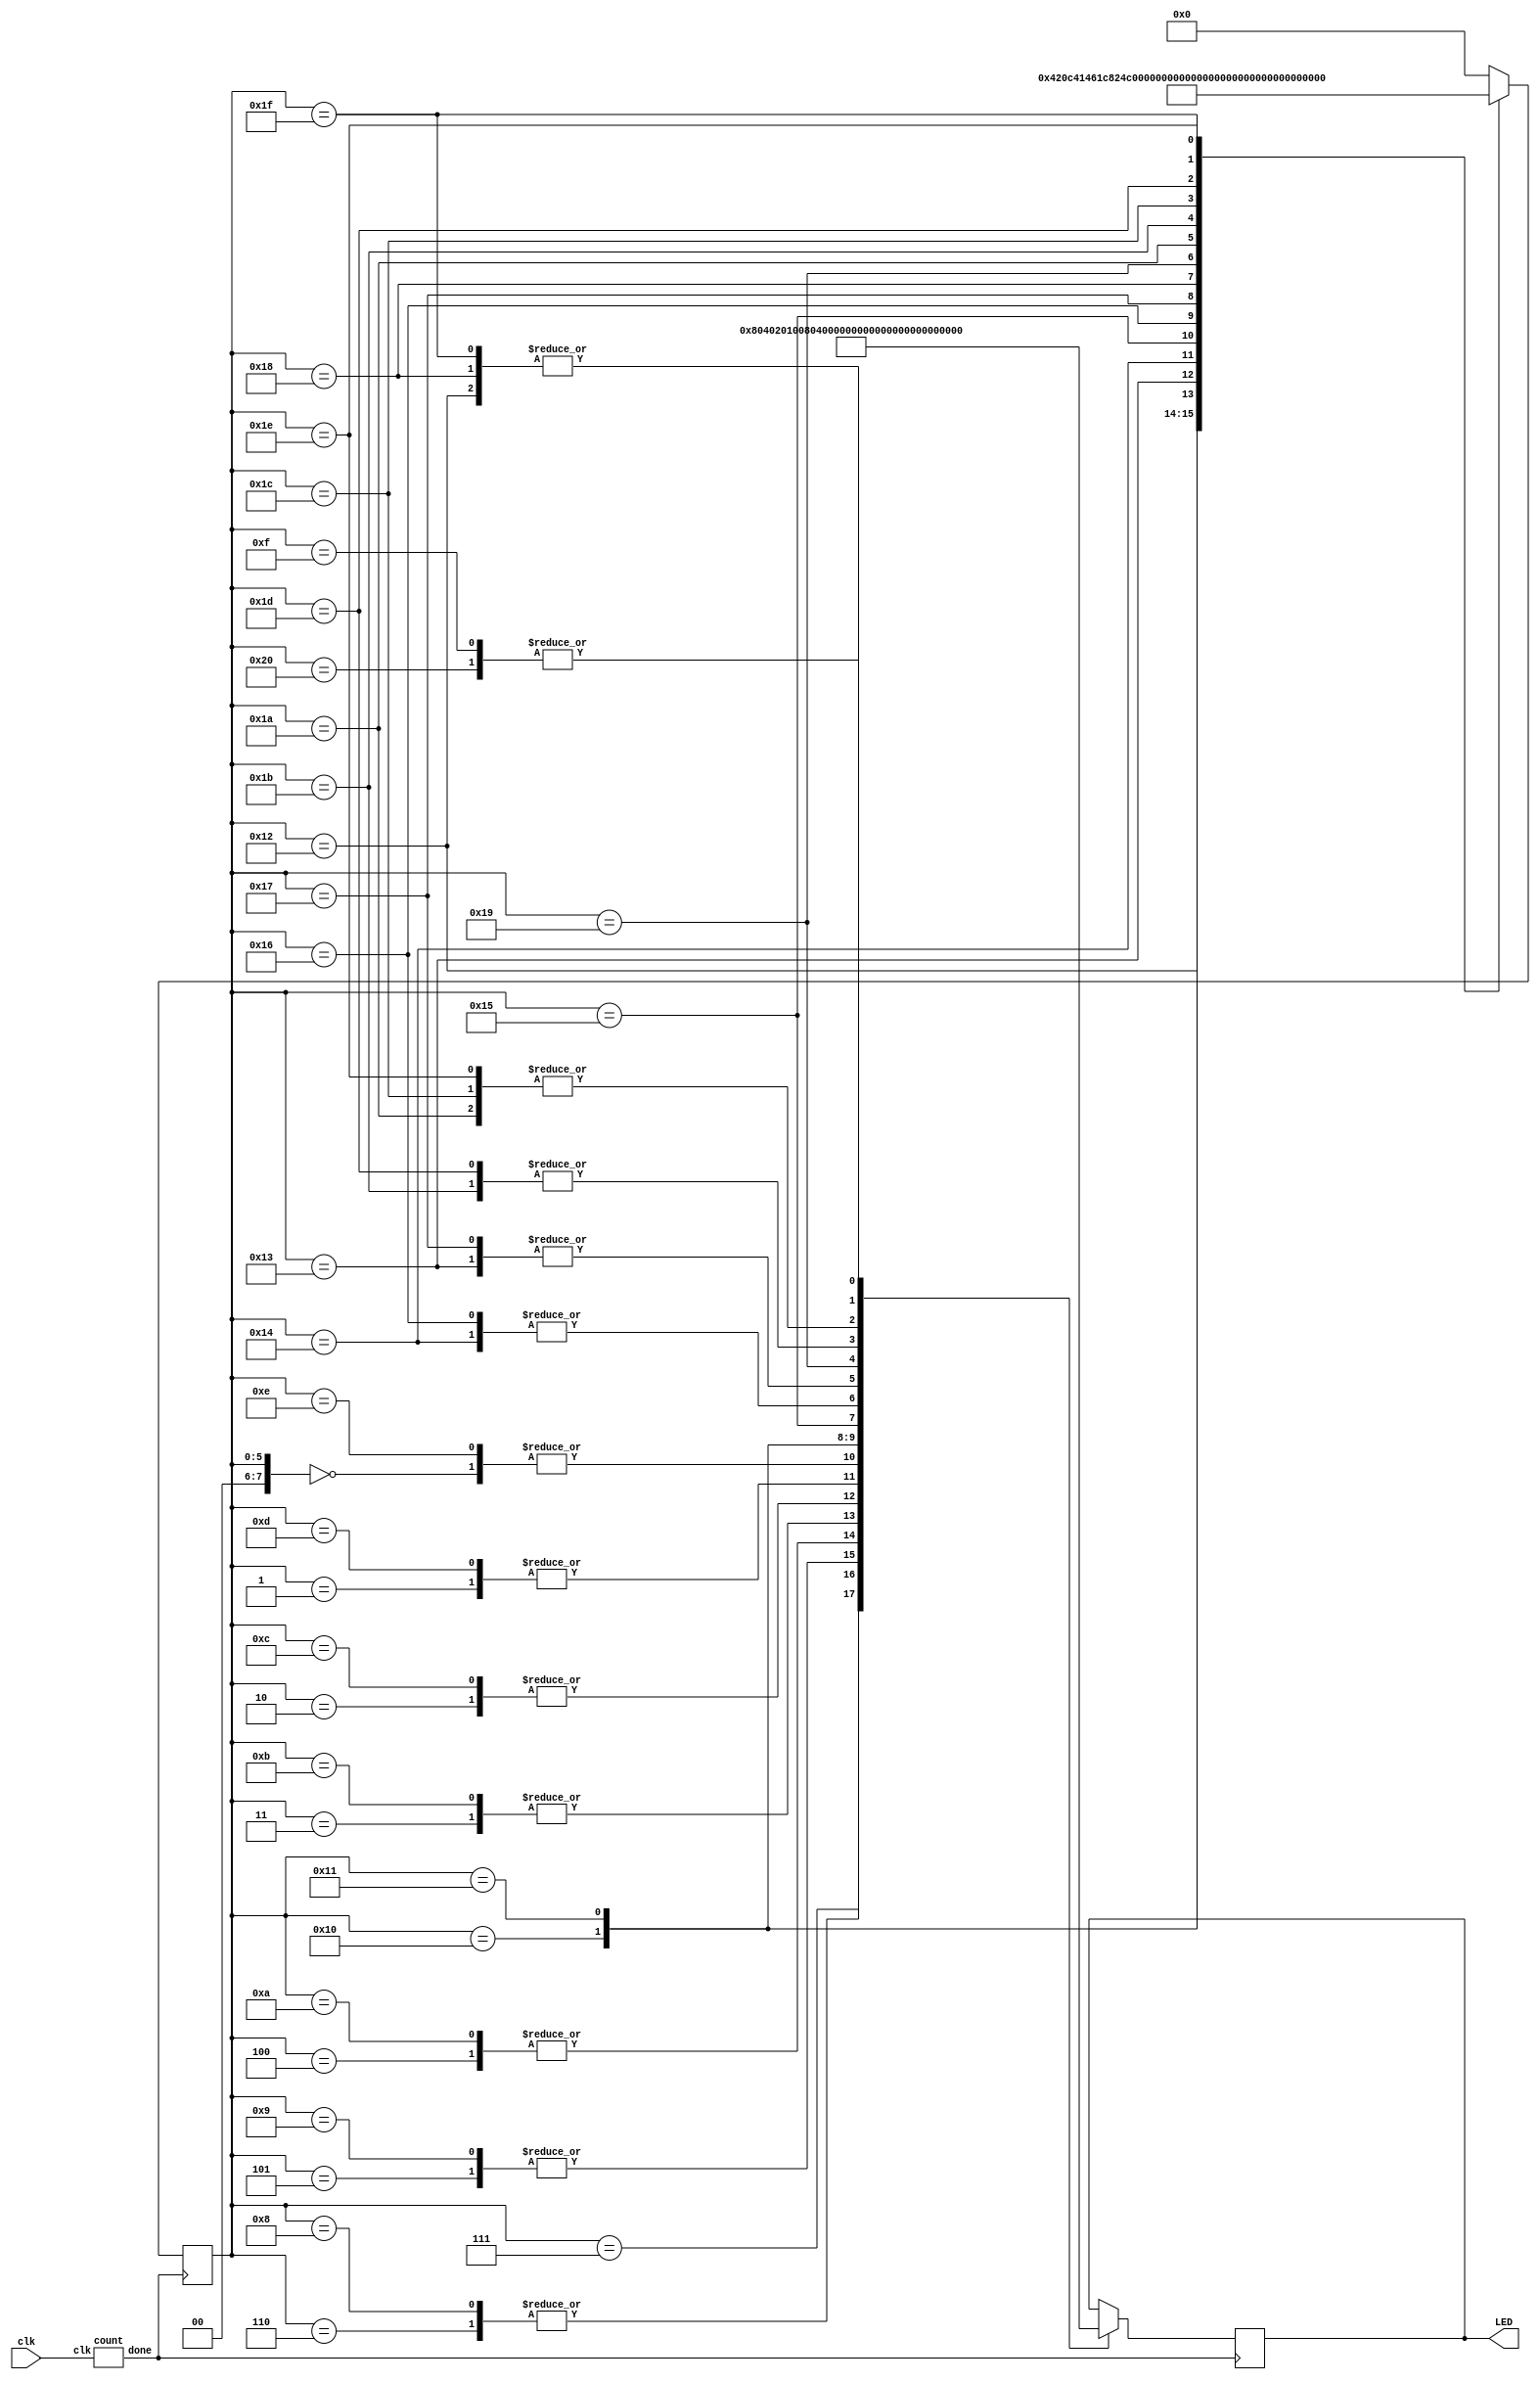
// Code written by Jagrut Jadhav

module blink (	input clk,				//clock input
		output [7:0] LED);			//8 leds outputs

reg [7:0] LED_status = 8'h00;				//set leds low initially 
reg [7:0] data = 8'h0; 					//case variable
wire done1;						//ref step down clock signal 
count c (.clk(clk),.done(done1));			//instantiation 

always @ (posedge done1)
begin
	case (data)           				// start LED patterns from here
		8'd0: begin 
				LED_status <= 8'b00000001;
				data <= 8'd1;
				end
		8'd1: begin 
				LED_status <= 8'b00000010;
				data <= 8'd2;
				end
		8'd2: begin 
				LED_status <= 8'b00000100;
				data <= 8'd3;
				end
		8'd3: begin 
				LED_status <= 8'b00001000;
				data <= 8'd4;
				end
		8'd4: begin 
				LED_status <= 8'b00010000;
				data <= 8'd5;
				end
		8'd5: begin 
				LED_status <= 8'b00100000;
				data <= 8'd6;
				end
		8'd6: begin 
				LED_status <= 8'b01000000;
				data <= 8'd7;
				end
		8'd7: begin 
				LED_status <= 8'b10000000;
				data <= 8'd8;
				end
		8'd8: begin 
				LED_status <= 8'b01000000;
				data <= 8'd9;
				end
		8'd9: begin 
				LED_status <= 8'b00100000;
				data <= 8'd10;
				end
		8'd10: begin 
				LED_status <= 8'b00010000;
				data <= 8'd11;
				end
		8'd11: begin 
				LED_status <= 8'b00001000;
				data <= 8'd12;
				end
		8'd12: begin 
				LED_status <= 8'b00000100;
				data <= 8'd13;
				end
		8'd13: begin 
				LED_status <= 8'b00000010;
				data <= 8'd14;
				end
		8'd14: begin 
				LED_status <= 8'b00000001;
				data <= 8'd15;
				end
		8'd15: begin 
				LED_status <= 8'b0001_1000;
				data <= 8'd16;
				end
		8'd16: begin 
				LED_status <= 8'b0010_0100;
				data <= 8'd17;
				end
		8'd17: begin 
				LED_status <= 8'b0100_0010;
				data <= 8'd18;
				end
		8'd18: begin 
				LED_status <= 8'b1000_0001;
				data <= 8'd19;
				end
		8'd19: begin 
				LED_status <= 8'b1100_0011;
				data <= 8'd20;
				end
		8'd20: begin 
				LED_status <= 8'b1110_0111;
				data <= 8'd21;
				end
		8'd21: begin 
				LED_status <= 8'b1111_1111;
				data <= 8'd22;
				end
		8'd22: begin 
				LED_status <= 8'b1110_0111;
				data <= 8'd23;
				end
		8'd23: begin 
				LED_status <= 8'b1100_0011;
				data <= 8'd24;
				end
		8'd24: begin 
				LED_status <= 8'b1000_0001;
				data <= 8'd25;
				end
		8'd25: begin 
				LED_status <= 8'b0000_0000;
				data <= 8'd26;
				end
		8'd26: begin 
				LED_status <= 8'b0101_0101;
				data <= 8'd27;
				end
		8'd27: begin 
				LED_status <= 8'b1010_1010;
				data <= 8'd28;
				end
		8'd28: begin 
				LED_status <= 8'b0101_0101;
				data <= 8'd29;
				end
		8'd29: begin 
				LED_status <= 8'b1010_1010;
				data <= 8'd30;
				end
		8'd30: begin 
				LED_status <= 8'b0101_0101;
				data <= 8'd31;
				end
		8'd31: begin 
				LED_status <= 8'b1000_0001;
				data <= 8'd32;
				end
		8'd32: begin 
				LED_status <= 8'b0001_1000;
				data <= 8'd0;
				end				
				
		default: data <= 4'h0; 		
	
	
	endcase

end

assign LED = LED_status;		// output to led pins

endmodule 



module count (input clk,		// module to step down the clock signal
			output reg done);
reg [31:0] counter = 32'd0; 		
initial begin
done <= 1'b0;
end

always @ (posedge clk) 
begin

	if (counter == 3000000)			//300 milli seconds
		begin
		done <= ~done;
		counter <= 32'b0;
		end
	else counter <= counter + 1'b1;
end	
endmodule